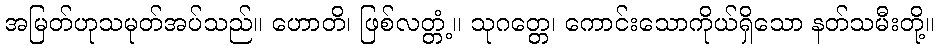
အမြတ်ဟုသမုတ်အပ်သည်။ ဟောတိ၊ ဖြစ်လတ္တံ့။ သုဂတ္တေ၊ ကောင်းသောကိုယ်ရှိသော နတ်သမီးတို့။